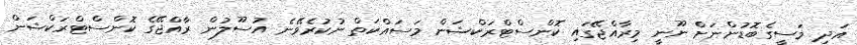
އަދި މަސީގެބޮޑުންނަށް ނޫނީ މިރާއްޖޭގައި ކޮންސްޓްރަކްޝަން މަސައްކަތް ނުކުރެވޭނެ އުސޫލުން ރާއްޖޭގެ ކޮންސްޓްރަކްޝަން